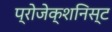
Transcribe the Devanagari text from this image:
प्रोजेक्शनिस्ट